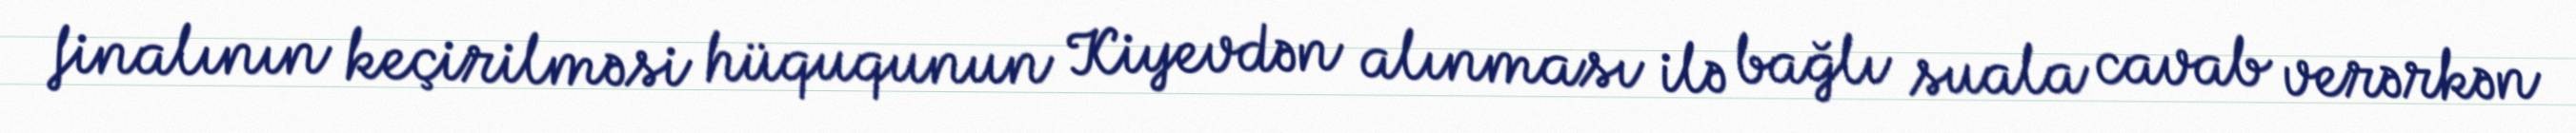
finalının keçirilməsi hüququnun Kiyevdən alınması ilə bağlı suala cavab verərkən